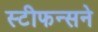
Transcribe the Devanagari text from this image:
स्टीफन्सने